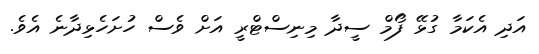
އަދި އެކަމާ ގުޅޭ ފޯމް ސީދާ މިނިސްޓްރީ އަށް ވެސް ހުށަހެޅިދާނެ އެވެ.